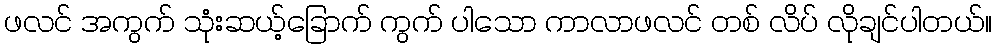
ဖလင် အကွက် သုံးဆယ့်ခြောက် ကွက် ပါသော ကာလာဖလင် တစ် လိပ် လိုချင်ပါတယ်။